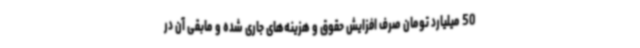
50 میلیارد تومان صرف افزایش حقوق و هزینه‌های جاری شده و مابقی آن در